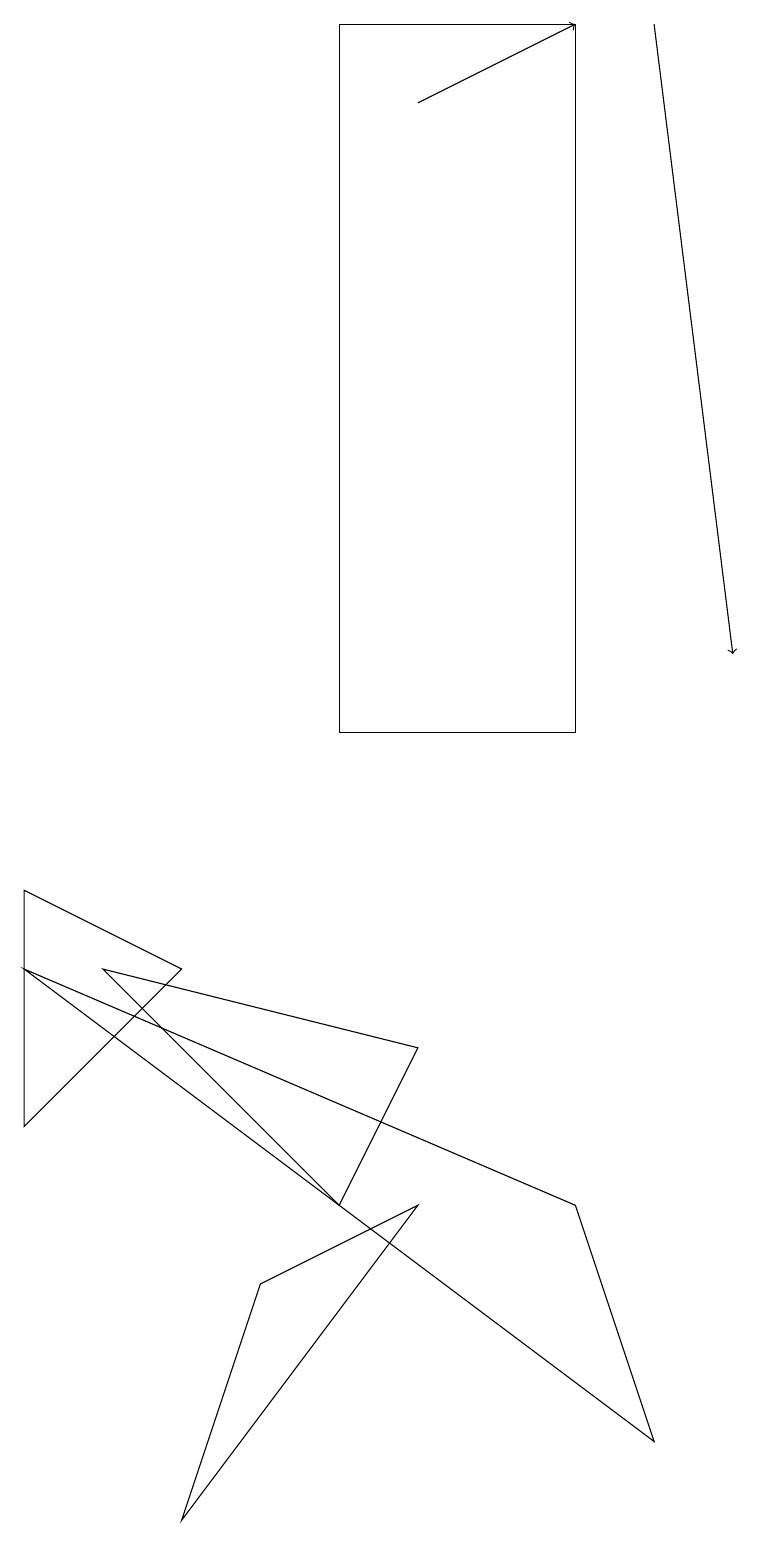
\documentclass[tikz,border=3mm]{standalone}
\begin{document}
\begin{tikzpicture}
\draw (8,1) -- (0,7) -- (7,4) -- cycle;
\draw (4,19) rectangle (7,10);
\draw (2,7) -- (0,8) -- (0,5) -- cycle;
\draw[->] (5,18) -- (7,19);
\draw[->] (8,19) -- (9,11);
\draw (5,4) -- (3,3) -- (2,0) -- cycle;
\draw (1,7) -- (4,4) -- (5,6) -- cycle;
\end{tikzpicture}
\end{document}